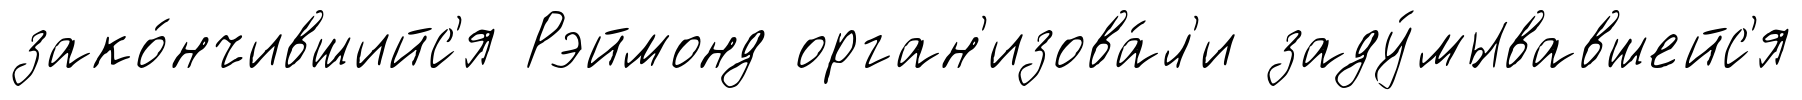
зако́нчившийс'я Рэймонд орган'изова́л'и заду́мывавшейс'я